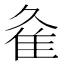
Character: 𨾉